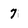
Character: 7